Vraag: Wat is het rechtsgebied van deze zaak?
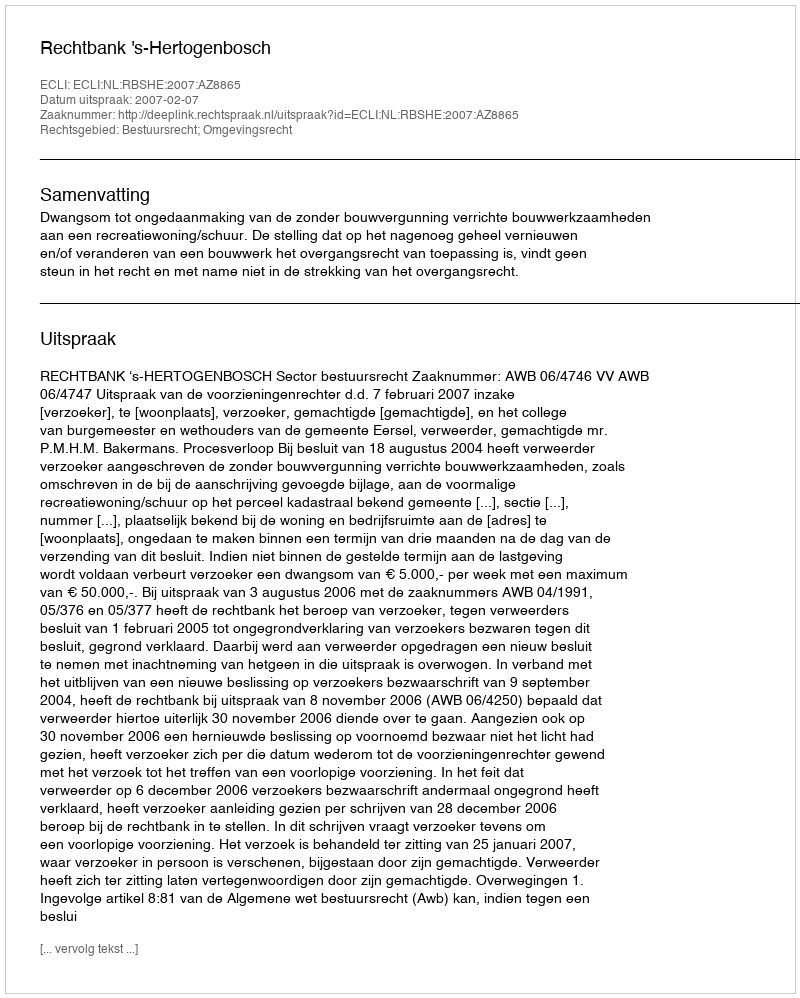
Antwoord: Bestuursrecht; Omgevingsrecht